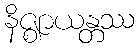
နိဇ္ဈာယန္တဿ